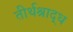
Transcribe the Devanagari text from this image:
तीर्थश्राद्ध